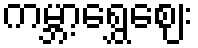
ကမ္ဘာ့ရွှေဈေး